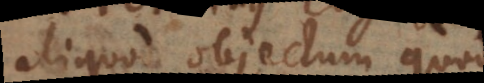
aliquod objectum quod